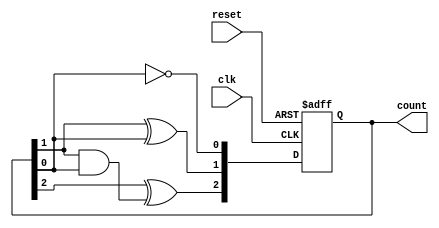
module ripple_counter (
    input wire clk,       // Clock input
    input wire reset,     // Asynchronous reset input
    output reg [2:0] count // 3-bit counter output
);

// Always block for the counter logic
always @(posedge clk or posedge reset) begin
    if (reset) begin
        count <= 3'b000; // Reset the counter to 0
    end else begin
        // Ripple counter logic
        count[0] <= ~count[0]; // Toggle LSB on each clock pulse
        count[1] <= count[1] ^ count[0]; // Toggle next bit on LSB transition
        count[2] <= count[2] ^ (count[1] & count[0]); // Toggle MSB on carry from second bit
    end
end

endmodule